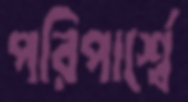
পরিপার্শ্বে